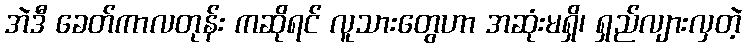
အဲဒီ ခေတ်ကာလတုန်း ကဆိုရင် လူသားတွေဟာ အဆုံးမရှိ၊ ရှည်လျားလှတဲ့